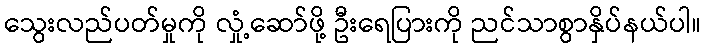
သွေးလည်ပတ်မှုကို လှုံ့ဆော်ဖို့ ဦးရေပြားကို ညင်သာစွာနှိပ်နယ်ပါ။